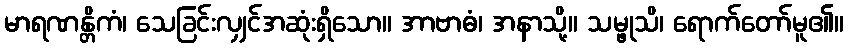
မာရဏန္တိကံ၊ သေခြင်းလျှင်အဆုံးရှိသော။ အာဗာဓံ၊ အနာသို့။ သမ္ဖုသိ၊ ရောက်တော်မူ၏။